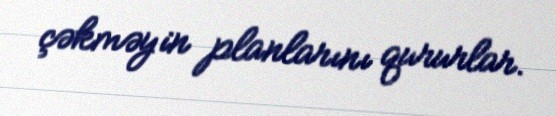
çəkməyin planlarını qururlar.